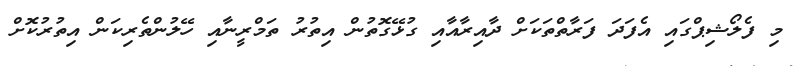
މި ފެލޯޝިޕްގައި އެފަދަ ފަރާތްތަކަށް ދާއިރާއާއި ގުޅޭގޮތުން އިތުރު ތަމްރީނާއި ހޭލުންތެރިކަން އިތުރުކޮށް